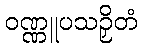
ဝဏ္ဏူပသဉှိတံ